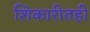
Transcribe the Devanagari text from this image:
शिकारीतही